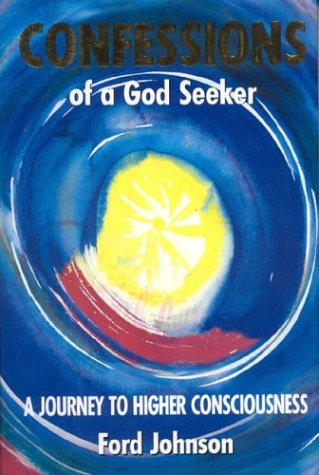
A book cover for Confessions of a God Seeker: A Journey to Higher Consciousness; Ford Johnson; Religion & Spirituality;